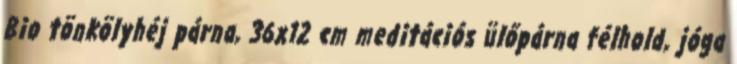
Bio tönkölyhéj párna, 36x12 cm meditációs ülőpárna félhold, jóga